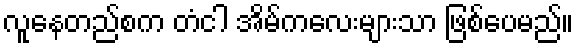
လူနေတည်စက တံငါ အိမ်ကလေးများသာ ဖြစ်ပေမည်။